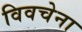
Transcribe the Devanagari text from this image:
विवचेना